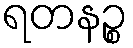
ရတနဉ္စ